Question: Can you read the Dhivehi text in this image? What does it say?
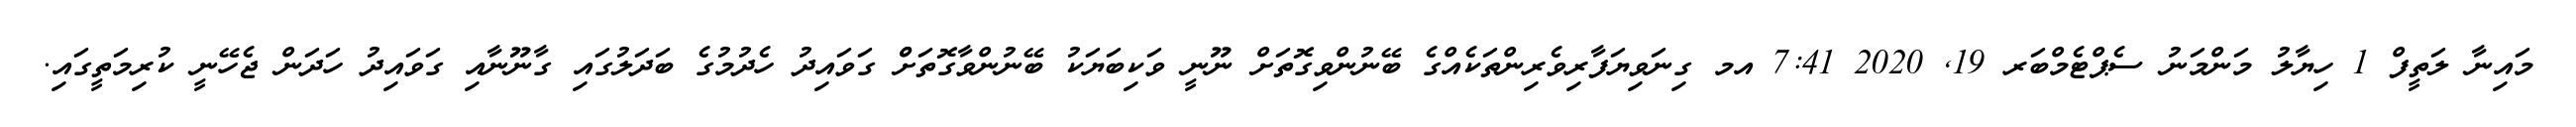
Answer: މައިނާ ލަތީފް 1 ހިޔާލު މަންމަނު ސެޕްޓެމްބަރ 19, 2020 7:41 އމ ގިނަވިޔަފާރިވެރިންތަކެއްގެ ބޭނުންވިގޮތަށް ނޫނީ ވަކިބަޔަކު ބޭނުންވާގޮތަށްް ގަވައިދު ހެދުމުގެ ބަދަލުގައި ގާނޫނާއި ގަވައިދު ހަދަން ޖެހޭނީ ކުރިމަތީގައި.